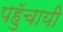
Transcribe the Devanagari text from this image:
पहुॅचायी